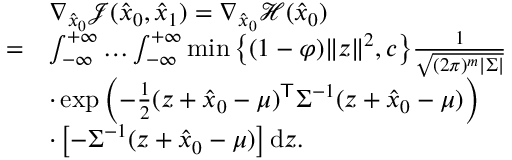
\begin{array} { r l } & { \nabla _ { \hat { x } _ { 0 } } \mathcal { J } ( \hat { { x } } _ { 0 } , \hat { { x } } _ { 1 } ) = \nabla _ { \hat { x } _ { 0 } } \mathcal { H } ( \hat { { x } } _ { 0 } ) } \\ { = } & { \int _ { - \infty } ^ { + \infty } \ldots \int _ { - \infty } ^ { + \infty } \operatorname* { m i n } \big \{ ( 1 - \varphi ) \| { z } \| ^ { 2 } , c \big \} \frac { 1 } { \sqrt { ( 2 \pi ) ^ { m } | { \Sigma } | } } } \\ & { \cdot \exp \left( - \frac { 1 } { 2 } ( { z } + \hat { { x } } _ { 0 } - { \mu } ) ^ { \mathsf { T } } { \Sigma } ^ { - 1 } ( { z } + \hat { { x } } _ { 0 } - { \mu } ) \right) } \\ & { \cdot \left[ - { \Sigma } ^ { - 1 } ( { z } + \hat { { x } } _ { 0 } - { \mu } ) \right] \mathrm { d } { z } . } \end{array}